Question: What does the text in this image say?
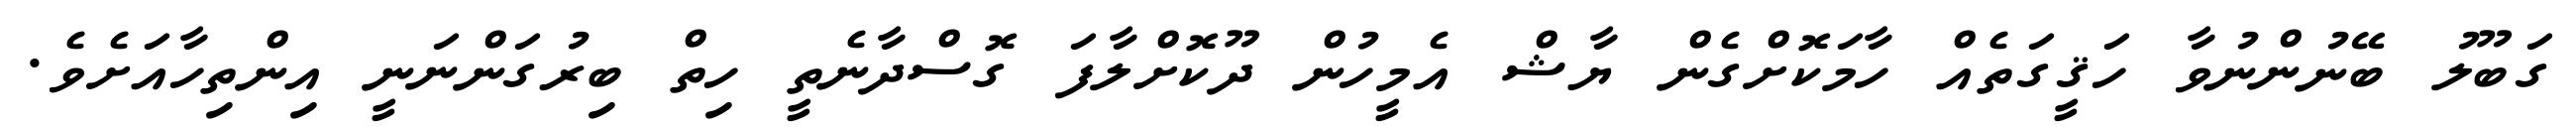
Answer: ގަބޫލު ބޭނުންނުވާ ހަޤީގަތެއް ހާމަކޮށްގެން ޔާޝް އެމީހުން ދޫކޮށްލާފަ ގޮސްދާނެތީ ހިތް ބިރުގަންނަނީ އިންތިހާއަށެވެ.